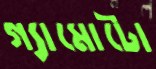
গ্যামোটো